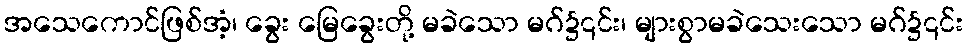
အသေကောင်ဖြစ်အံ့၊ ခွေး မြေခွေးတို့ မခဲသော မဂ်၌၎င်း၊ များစွာမခဲသေးသော မဂ်၌၎င်း